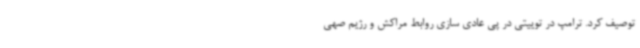
توصیف کرد. ترامپ در توییتی در پی عادی سازی روابط مراکش و رژیم صهی